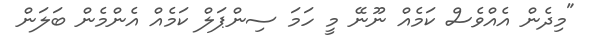
"މިދެން އެއްވެސް ކަމެއް ނޫނޭ މީ ހަމަ ސިންޕަލް ކަމެއް އެންމެން ބަލަން